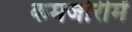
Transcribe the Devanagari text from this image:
कमजोरीमें